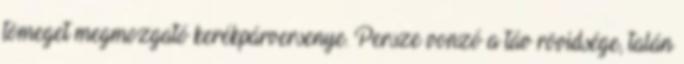
tömeget megmozgató kerékpárversenye. Persze vonzó a táv rövidsége, talán